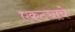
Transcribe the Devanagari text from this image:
एकट्याचे